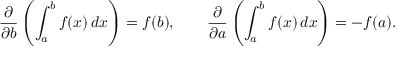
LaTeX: { \frac { \partial } { \partial b } } \left( \int _ { a } ^ { b } f ( x ) \, d x \right) = f ( b ) , \qquad { \frac { \partial } { \partial a } } \left( \int _ { a } ^ { b } f ( x ) \, d x \right) = - f ( a ) .